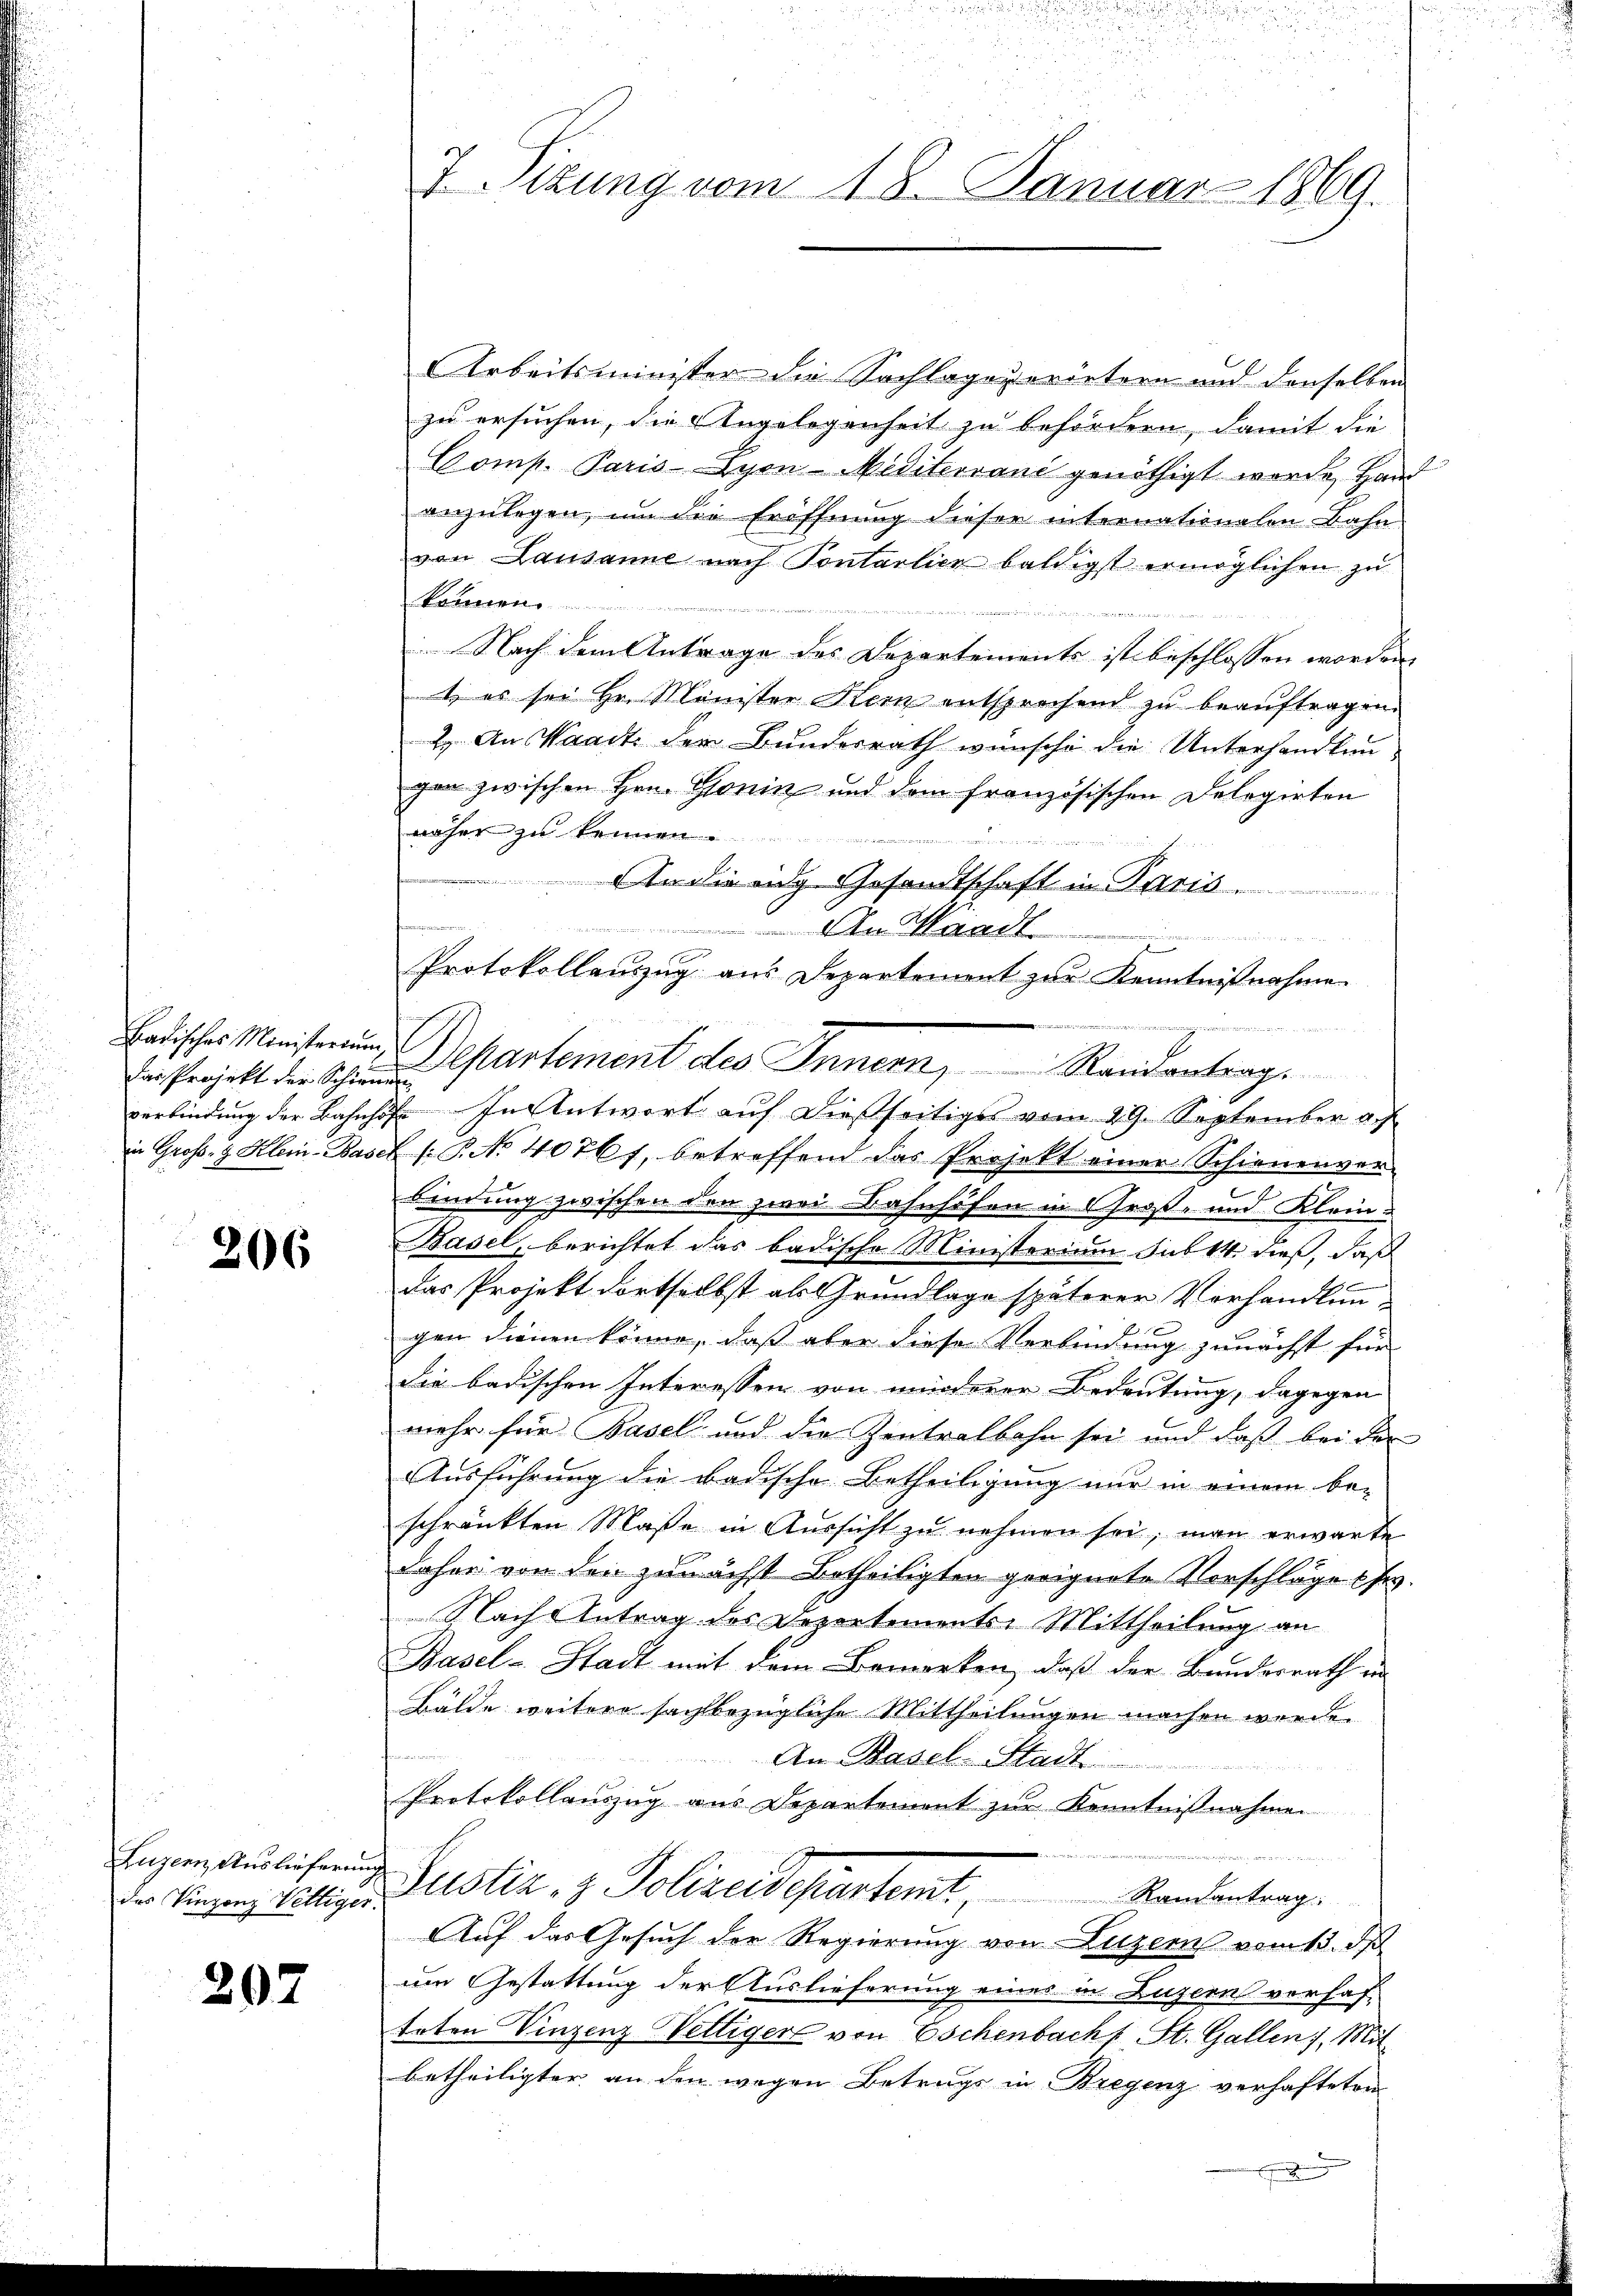
das Projekt der Schienen

206

Luzern, Auslieferun

207

7. Sizung vom 18. Januar 1869.

Arbeitsminister die Sachlage vorörtern und denselben
zu ersuchen, die Angelegenheit zu befördern, damit die
Comp. Paris Lyon-Meditervani genöthigt worden, Hand
anzulegen, um die Eröffnung dieser internationalen Bahn
von Lausanne nach Pontalien baldigst ermöglichen zu
können.
x
Nach dem Antrage des Departements ist beschlossen worden,
t es sei Hr. Minister Kern entsprechend zu beauftragen.
2. An Waadt der Bundesrath wünsche die Unterhandlun
gan zwischen Hrn. Gonin und dem französischen Delegirten
näher zu kennen.
 un
Andienig Gesandtschaft in Paris.
An Waadt
verbindung der Bahnhof. In Antwort auf dießseitiges vom 29. September a. f
in Gross. g. Klein-Basel (: P. No 4076 f., betreffend das Projekt einer Schienenver-
bindung zwischen den zwei Bahnhöfen in Groß- und Klein-
Basel, berichtet das badische Ministerium sub 14 dieß, daß
das Projekt dortselbst als Grundlage späterer Vorhandlun-
gen dienen könne, daß aber diese Verbindung zunächst für
die badischen Interessen von minderer Bedeutung, dagegen
mehr für Basel und die Zentralbahn sei und daß bei der
Ausführung die Badische Betheiligung nur in einem be-
schränkten Maße in Aussicht zu nehmen sei, man erwarte
daher von den zunächst Betheiligten geeignete Vorschläge fr.
Nachs Antrag des Departements-Mittheilung an
Basel-Stadt mit dem Bemerken, daß der Bundesrath ein
Bälde weitere sachbezügliche Mittheilungen machen werde.
An Basel-Stadt
Protokollauszug aus Departement zur Kenntnißnahmen
u
Der Vinzenz Williger Zustiz & Polizeidepartemt, Standentrag
Auf das Gesuch der Regierung von Luzern vom 15. d
um Gestattung der Auslieferung eines in Luzern verhaf-
teten Vinzenz Welliger von Eschenbacht, St. Gallen. Mit
betheiligter an den wegen Betrugs in Bregenz verhafteten
.

oachimonationen.
Protokollauszug aus Departement zur Kenntnißnahme
Badischer Ministern Departement des Innern, Randantrag.